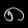
Digit: ၈